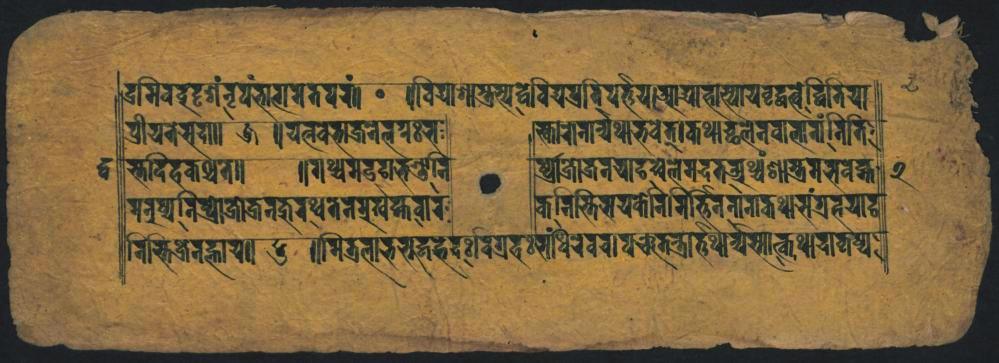
𑐡𑑂𑐬𑐩𑐶𑐧𑐡𑐹𑐡𑐺𑐱𑑄𑐣𑐺𑐥𑑄𑐳𑐐𑐟𑐟𑐥𑐬𑑄 𑐥𑑂𑐬𑐷𑐫𑐟𑐾𑐳𑐡𑐵𑑋𑐖𑑌𑐫𑐟𑑂𑐣𑐰𑐳𑐖𑑂𑐬𑐣𑐾𑑂𑐐𑑅𑐳 𑐳𑑂𑐟𑐡𑐶𑐴𑐎𑐱𑑂𑐰𑐟𑑌 𑐫𑐣𑐸𑐲𑑂𑐫𑐣𑐶𑐰𑑂𑐬𑑀𑐎𑑂𑐬𑐵𑐎𑑂𑐬𑐣𑐎𑐸𑐠𑐟𑐣𑐀𑐸𑐬𑐲𑑂𑐫𑐎𑑂𑐟𑐰𑐵𑐬 𑐬𑐶𑐨𑐶𑐖𑑂𑐬𑐾𑐣𑐴𑑂𑐴𑐵𑐫𑑌𑐄